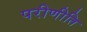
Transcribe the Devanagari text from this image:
परीणीति